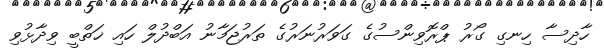
ހާދިސާ ހިނގި ގޯރު ޕްރޮވިންސުގެ ގަވަރުނަރުގެ ތަރުޖަމާނު އަބްދުލް ހައި ޚަތްބީ ވިދާޅުވި